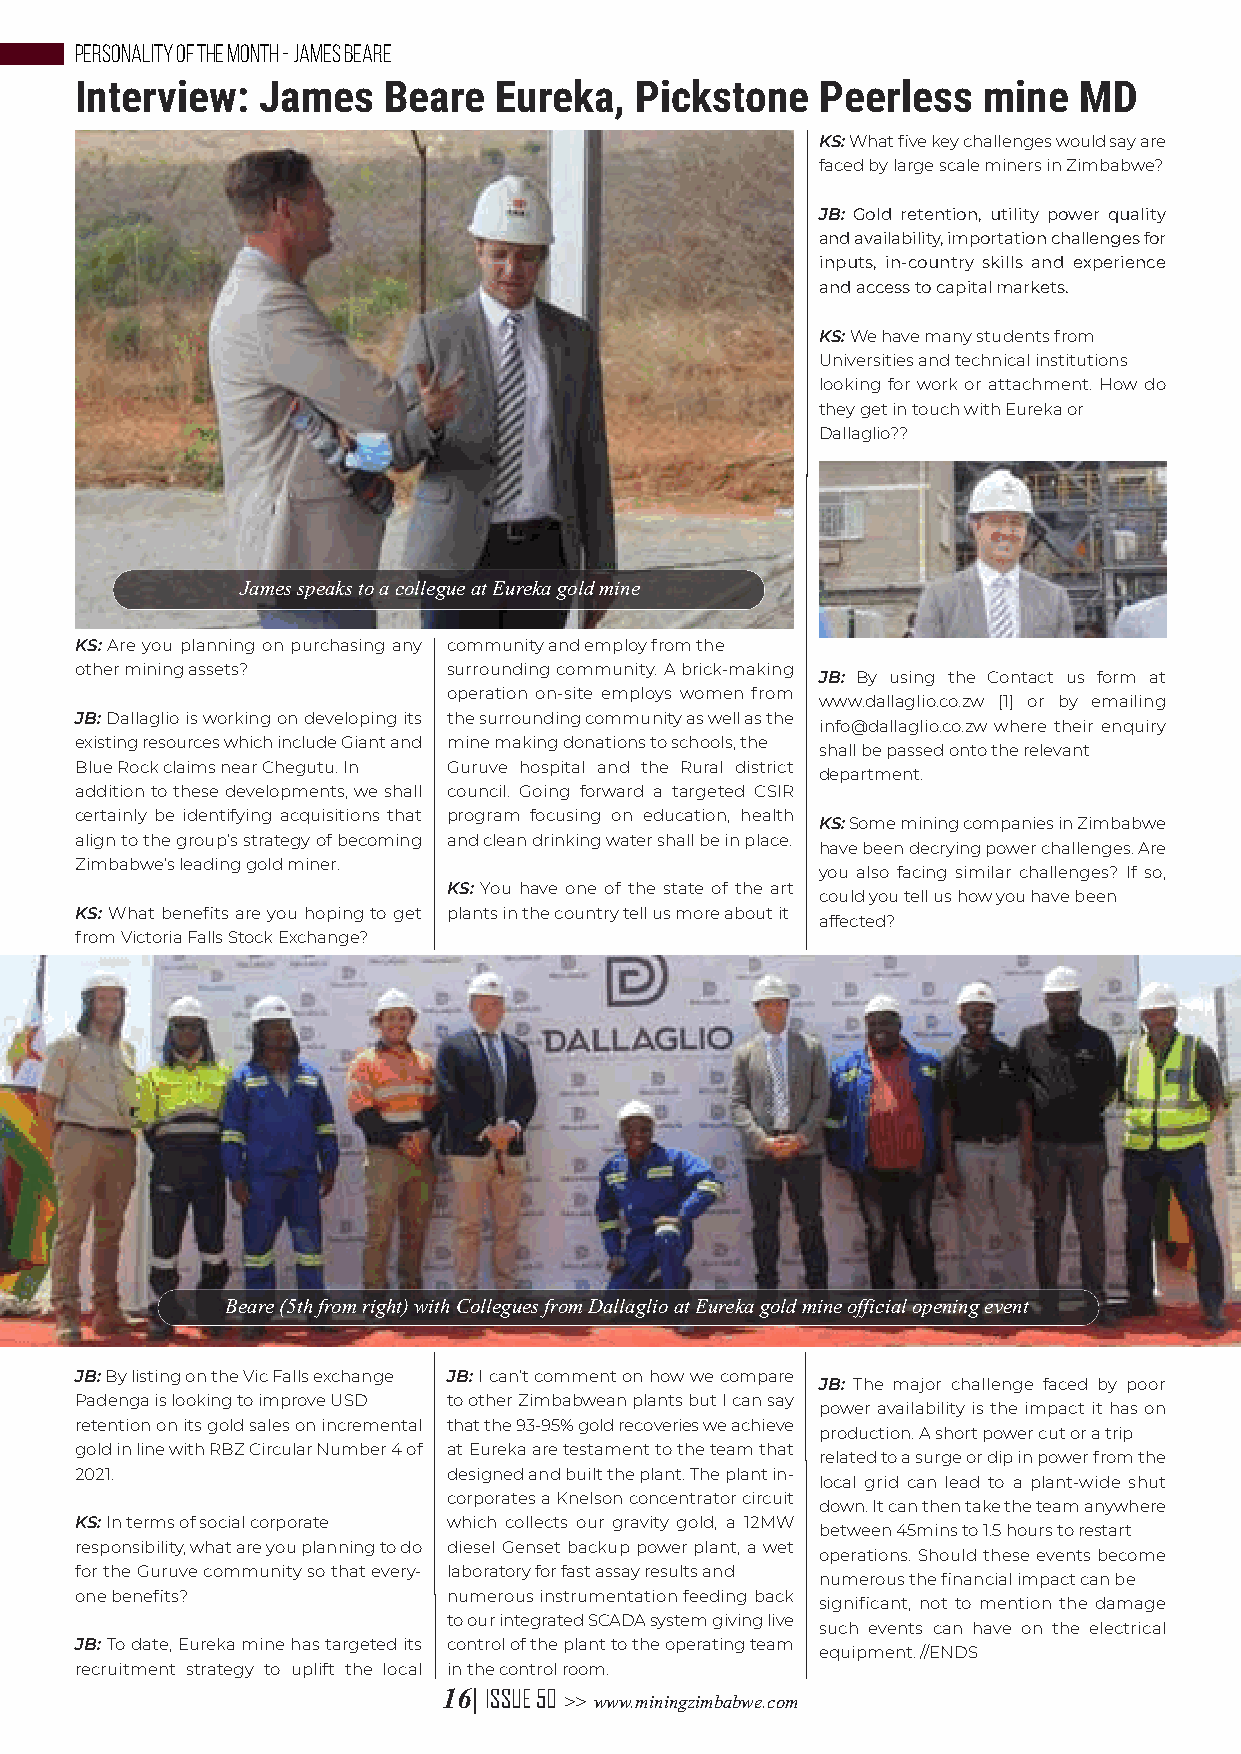
PERSONALITY OF THE MONTH - JAMES BEARE
 Interview:  James   Beare   Eureka,  Pickstone   Peerless   mine  MD
 KS: What five key challenges would say are
 faced by large scale miners in Zimbabwe?
 JB: Gold retention, utility power quality
 and availability, importation challenges for
 inputs, in-country skills and experience
 and access to capital markets.
 KS: We have many students from
 Universities and technical institutions
 looking for work or attachment. How do
 they get in touch with Eureka or
 Dallaglio??
 James speaks to a collegue at Eureka gold mine
 KS: Are you planning on purchasing any community and employ from the
 other mining assets?     surrounding community. A brick-making
 JB: By using the Contact us form at
 operation on-site employs women from
 www.dallaglio.co.zw [1] or by emailing
 JB: Dallaglio is working on developing its the surrounding community as well as the
 info@dallaglio.co.zw where their enquiry
 existing resources which include Giant and mine making donations to schools, the
 shall be passed onto the relevant
 Blue Rock claims near Chegutu. In Guruve hospital and the Rural district
 department.
 addition to these developments, we shall council. Going forward a targeted CSIR
 certainly be identifying acquisitions that program focusing on education, health
 KS: Some mining companies in Zimbabwe
 align to the group’s strategy of becoming and clean drinking water shall be in place.
 have been decrying power challenges. Are
 Zimbabwe’s leading gold miner.
 you also facing similar challenges? If so,
 KS: You have one of the state of the art
 could you tell us how you have been
 KS: What benefits are you hoping to get plants in the country tell us more about it
 affected?
 from Victoria Falls Stock Exchange?
 Beare (5th from right) with Collegues from Dallaglio at Eureka gold mine official opening event
 JB: By listing on the Vic Falls exchange JB: I can’t comment on how we compare
 JB: The major challenge faced by poor
 Padenga is looking to improve USD to other Zimbabwean plants but I can say
 power availability is the impact it has on
 retention on its gold sales on incremental that the 93-95% gold recoveries we achieve
 production. A short power cut or a trip
 gold in line with RBZ Circular Number 4 of at Eureka are testament to the team that
 related to a surge or dip in power from the
 2021.                    designed and built the plant. The plant in-
 local grid can lead to a plant-wide shut
 corporates a Knelson concentrator circuit
 down. It can then take the team anywhere
 KS: In terms of social corporate which collects our gravity gold, a 12MW
 between 45mins to 1.5 hours to restart
 responsibility, what are you planning to do diesel Genset backup power plant, a wet
 operations. Should these events become
 for the Guruve community so that every- laboratory for fast assay results and
 numerous the financial impact can be
 one benefits?            numerous instrumentation feeding back
 significant, not to mention the damage
 to our integrated SCADA system giving live
 such events can have on the electrical
 JB: To date, Eureka mine has targeted its control of the plant to the operating team
 equipment. //ENDS
 recruitment strategy to uplift the local in the control room.
 16| ISSUE 50
 >> www.miningzimbabwe.com